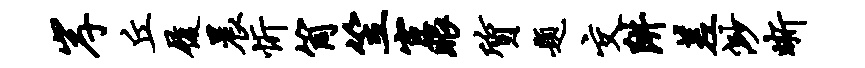
岸丘履晨忻筒笠宦眼质题交阱差渺晰